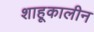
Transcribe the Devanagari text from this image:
शाहूकालीन